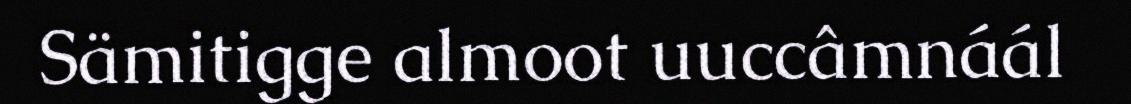
Sämitigge almoot uuccâmnáál